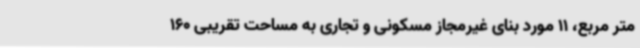
متر مربع، 11 مورد بنای غیرمجاز مسکونی و تجاری به مساحت تقریبی 160